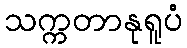
သက္ကတာနုရူပံ